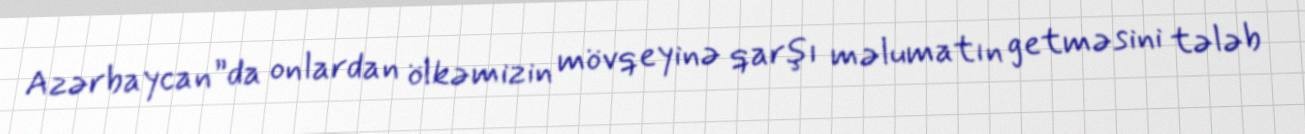
Azərbaycan”da onlardan ölkəmizin mövqeyinə qarşı məlumatın getməsini tələb